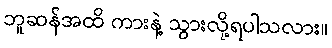
ဘူဆန်အထိ ကားနဲ့ သွားလို့ရပါသလား။